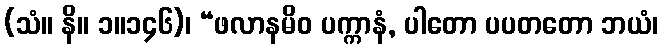
(သံ။ နိ။ ၁။၁၄၆)၊ “ဖလာနမိဝ ပက္ကာနံ, ပါတော ပပတတော ဘယံ၊